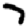
Digit: 7